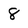
Character: 8